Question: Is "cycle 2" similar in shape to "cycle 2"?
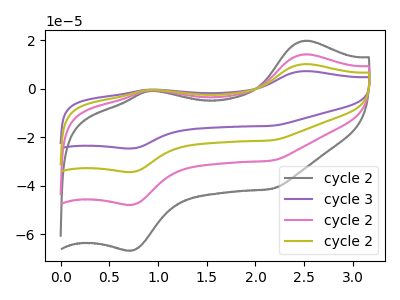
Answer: <think>The gray curve "cycle 2" has anodic peaks at (2.50V, 19.85uA) (0.90V, -0.85uA) and cathodic peaks at (0.70V, -66.65uA) (2.15V, -41.25uA). The purple curve "cycle 3" has anodic peaks at (2.50V, 42.70uA) (0.90V, -1.80uA) and cathodic peaks at (0.70V, -143.40uA) (2.15V, -88.75uA). The pink curve "cycle 2" has anodic peaks at (2.50V, 14.25uA) (0.90V, -0.60uA) and cathodic peaks at (0.70V, -47.80uA) (2.15V, -29.60uA). The olive curve "cycle 2" has anodic peaks at (2.50V, 28.45uA) (0.90V, -1.20uA) and cathodic peaks at (0.70V, -95.60uA) (2.15V, -59.15uA).
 All the peaks in "cycle 2" have a peak in "cycle 2" at the same potential.</think>
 <answer>"cycle 2" and "cycle 2" are similar in shape.</answer>
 <eval>same_shape</eval>